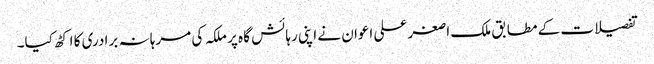
تفصیلات کے مطابق ملک ا صغر علی اعوان نے اپنی رہائش گا ہ پر ملکہ کی مرہا نہ برادری کا اکٹھ کیا۔